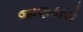
જાણકારો